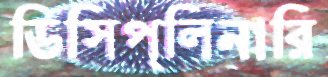
ডিসিপ্লিনারি